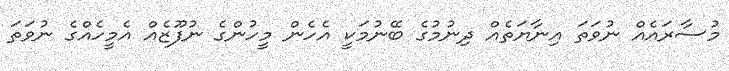
މުސާރައެއް ނުވަތަ އިނާޔަތެއް ދިނުމުގެ ބޭނުމަކީ އެހެން މީހުންގެ ނުފޫޒެއް އެމީހެއްގެ ނުވަތަ